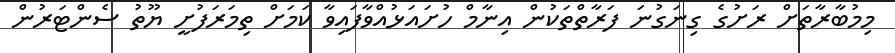
މިމުބާރާތަށް ރަށުގެ ގިނަގުނަ ފަރާތްތަކުން އިނާމް ހުށައަޅުއްވާފައިވާ ކަމަށް ތިމަރަފުށީ ޔޫތު ސެންޓަރުން